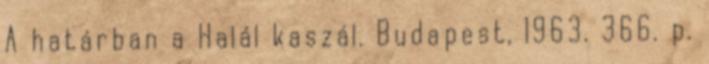
A határban a Halál kaszál. Budapest, 1963. 366. p.